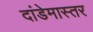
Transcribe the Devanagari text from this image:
दांडेमास्तर